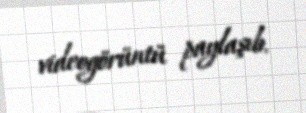
videogörüntü paylaşıb.